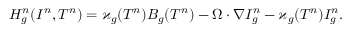
H _ { g } ^ { n } ( I ^ { n } , T ^ { n } ) = \varkappa _ { g } ( T ^ { n } ) B _ { g } ( T ^ { n } ) - \boldsymbol { \Omega } \cdot \boldsymbol { \nabla } I _ { g } ^ { n } - \varkappa _ { g } ( T ^ { n } ) I _ { g } ^ { n } .